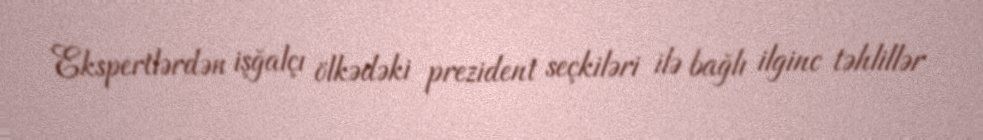
Ekspertlərdən işğalçı ölkədəki prezident seçkiləri ilə bağlı ilginc təhlillər